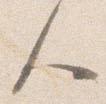
人